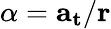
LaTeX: \alpha=\mathbf{a_{\mathbf{t}}}/\mathbf{r}